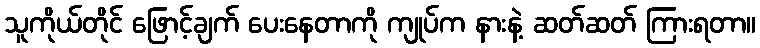
သူကိုယ်တိုင် ဖြောင့်ချက် ပေးနေတာကို ကျုပ်က နားနဲ့ ဆတ်ဆတ် ကြားရတာ။